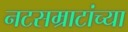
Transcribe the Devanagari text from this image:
नटसम्राटांच्या